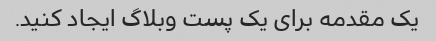
یک مقدمه برای یک پست وبلاگ ایجاد کنید.